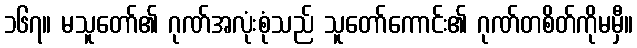
၁၆၇။ မသူတော်၏ ဂုဏ်အလုံးစုံသည် သူတော်ကောင်း၏ ဂုဏ်တစိတ်ကိုမမှီ။